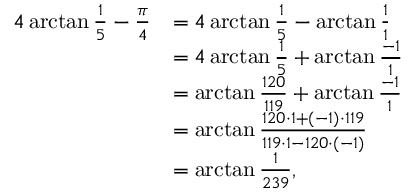
{ \begin{array} { r l } { 4 \arctan { \frac { 1 } { 5 } } - { \frac { \pi } { 4 } } } & { = 4 \arctan { \frac { 1 } { 5 } } - \arctan { \frac { 1 } { 1 } } } \\ & { = 4 \arctan { \frac { 1 } { 5 } } + \arctan { \frac { - 1 } { 1 } } } \\ & { = \arctan { \frac { 1 2 0 } { 1 1 9 } } + \arctan { \frac { - 1 } { 1 } } } \\ & { = \arctan { \frac { 1 2 0 \cdot 1 + ( - 1 ) \cdot 1 1 9 } { 1 1 9 \cdot 1 - 1 2 0 \cdot ( - 1 ) } } } \\ & { = \arctan { \frac { 1 } { 2 3 9 } } , } \end{array} }